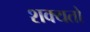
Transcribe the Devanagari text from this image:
शक्‍यतो